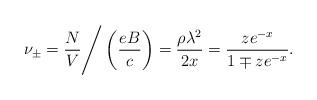
LaTeX: \begin{align*}\nu_\pm = { N \over V} \Bigg / \left ( { { e B} \over c } \right ) ={ {\rho \lambda^2} \over {2 x} } = {{ z e^{-x} } \over { 1 \mp z e^{-x}}}.\end{align*}